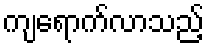
ကျရောက်လာသည့်